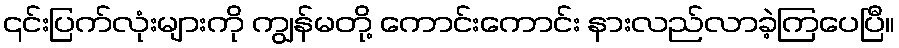
၎င်းပြက်လုံးများကို ကျွန်မတို့ ကောင်းကောင်း နားလည်လာခဲ့ကြပေပြီ။